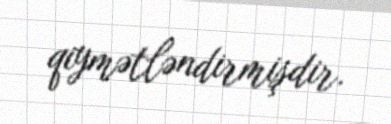
qiymətləndirmişdir.